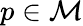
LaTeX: p\in\mathcal{M}